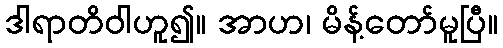
ဒါရာတိဝါဟူ၍။ အာဟ၊ မိန့်တော်မူပြီ။